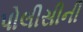
પોલીસીની